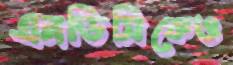
এনডিসিকেও